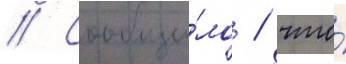
// Сообщи́ло / что́